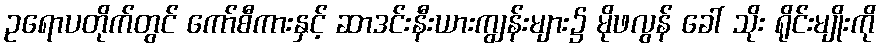
ဥရောပတိုက်တွင် ကော်စီကားနှင့် ဆာဒင်းနီးယားကျွန်းများ၌ မိုဖလွန် ခေါ် သိုး ရိုင်းမျိုးကို